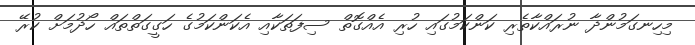
މިހިނގަމުންދާ ނުރައްކާތެރި ކަންކަމުގައި ހުރި އެއްގޮތް ސިފަތަކާއި އެކަންކަމުގެ ހަގީގަތްތައް ހޯދުމަށް ކުރޭ